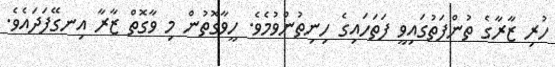
ހުރި ޒާރާގެ ތުންފަތުގައިވީ ފަތަހައިގެ ހިނިތުންވުމެވެ. ހީވާގޮތުން މި ވާގޮތް ޒާރާ އިނގޭފަދައެވެ.